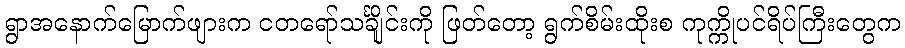
ရွာအနောက်မြောက်ဖျားက ငတရော်သင်္ချိုင်းကို ဖြတ်တော့ ရွက်စိမ်းထိုးစ ကုက္ကိုပင်ရိပ်ကြီးတွေက